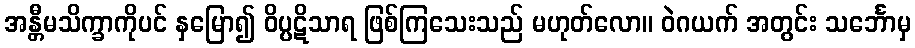
အန္တီမသိက္ခာကိုပင် နှမြော၍ ဝိပ္ပဋိသာရ ဖြစ်ကြသေးသည် မဟုတ်လော။ ဝဲဂယက် အတွင်း သင်္ဘောမှ